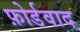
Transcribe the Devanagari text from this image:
फ़ोर्डवाद